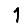
Digit: 1